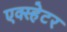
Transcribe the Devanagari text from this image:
एक्स्हेटर